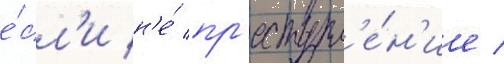
е́сл'и н'е́ пр'еступл'е́н'ие /